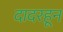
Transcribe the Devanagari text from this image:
दादरहून